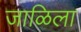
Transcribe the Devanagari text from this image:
जाळिला